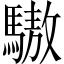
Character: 䮯